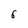
Character: 6